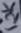
Text: 12K